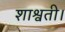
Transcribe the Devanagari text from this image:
शाश्वती।